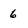
Character: 6